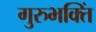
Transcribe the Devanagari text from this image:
गुरुभक्तिं